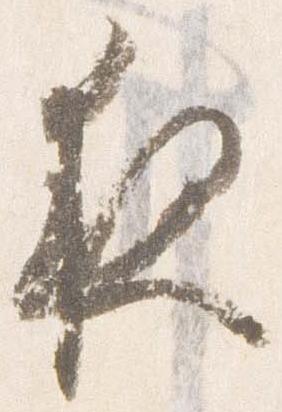
夜